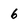
Character: 6